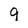
Character: 9